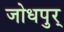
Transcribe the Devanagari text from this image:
जोधपुर्